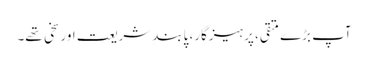
آپ بڑے متقی، پرہیزگار، پابندِ شریعت اور سخی تھے۔